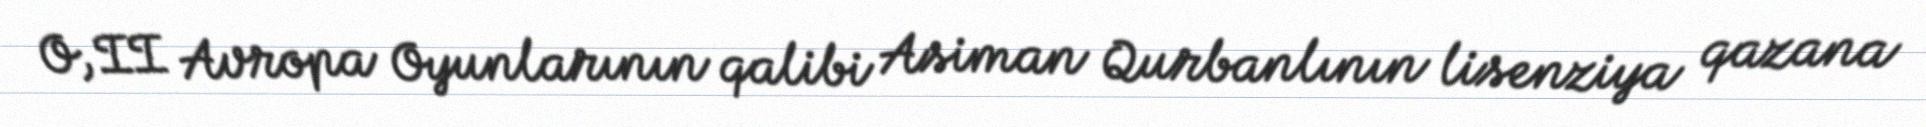
O, II Avropa Oyunlarının qalibi Asiman Qurbanlının lisenziya qazana